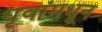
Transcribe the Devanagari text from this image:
धृवांमधून